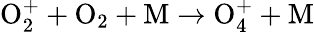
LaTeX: \mathrm{O_{2}^{+}+O_{2}+M\to O_{4}^{+}+M}